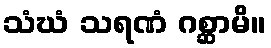
သံဃံ သရဏံ ဂစ္ဆာမိ။